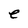
Character: e